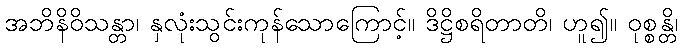
အဘိနိဝိသန္တာ၊ နှလုံးသွင်းကုန်သောကြောင့်။ ဒိဋ္ဌိစရိတာတိ၊ ဟူ၍။ ဝုစ္စန္တိ၊